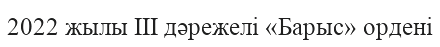
2022 жылы III дәрежелі «Барыс» ордені